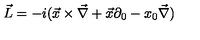
\vec { L } = - i ( \vec { x } \times \vec { \nabla } + \vec { x } \partial _ { 0 } - x _ { 0 } \vec { \nabla } )